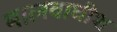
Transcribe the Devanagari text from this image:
मालवाधीश